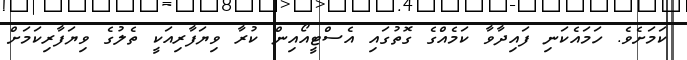
ކަމަށެވެ. ހަމައެކަނި ފައިދާވާ ކަމެއްގެ ގޮތުގައި އެސްޓީއޯއިން ކުރާ ވިޔަފާރިއަކީ ތެލުގެ ވިޔަފާރިކަމަށް